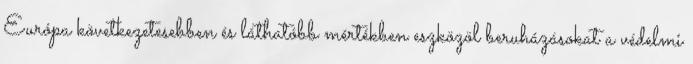
Európa következetesebben és láthatóbb mértékben eszközöl beruházásokat a védelmi